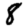
Digit: 8